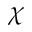
\chi